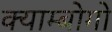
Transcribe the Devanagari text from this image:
क्याम्बोगो